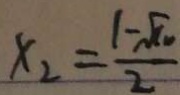
x _ { 2 } = \frac { 1 - \sqrt { 1 0 } } { 2 }